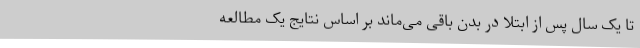
تا یک سال پس از ابتلا در بدن باقی می‌ماند بر اساس نتایج یک مطالعه